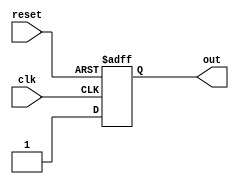
module initial_block_example(
    input wire clk,
    input wire reset,
    output reg out
);

reg variable;

initial begin
    variable = 4'hF; // Assigning a value of 15 to variable
    out = 1'b0;      // Setting initial value of out to 0
end

always @(posedge clk or posedge reset) begin
    if (reset) begin
        out <= 1'b0;
    end else begin
        out <= variable;
    end
end

endmodule